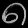
Digit: ၈